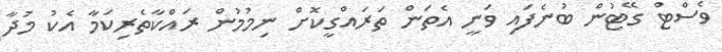
ވެސްޓް ގޭޓުން ބުނެފައި ވަނީ އެތަން ތަރައްގީކޮށް ނިމުމުން ރައްކާތެރިކަމާ އެކު މުދާ